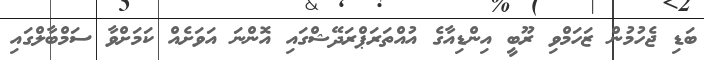
ބަޑި ޖެހުމުން ޒަހަމްވި ރޫބީ އިންޑިއާގެ އުއްތަރަޕްރަދޭޝްގައި އޮންނަ އަވަށެއް ކަމަށްވާ ސަމްބާލްގައި